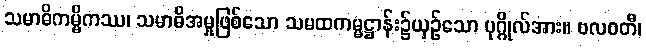
သမာဓိကမ္မိကဿ၊ သမာဓိအမှုဖြစ်သော သမထကမ္မဋ္ဌာန်း၌ယှဉ်သော ပုဂ္ဂိုလ်အား။ ဗလဝတီ၊